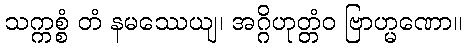
သက္ကစ္စံ တံ နမဿေယျ၊ အဂ္ဂိဟုတ္တံဝ ဗြာဟ္မဏော။